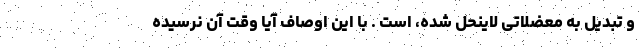
و تبدیل به معضلاتی لاینحل شده، است . با این اوصاف آیا وقت آن نرسیده